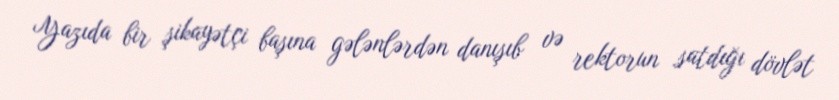
Yazıda bir şikayətçi başına gələnlərdən danışıb və rektorun satdığı dövlət